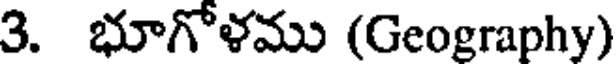
3. భూగోళము (Geography)